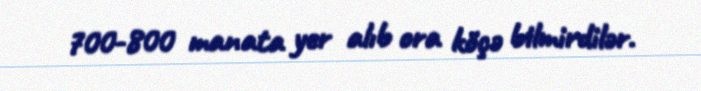
700-800 manata yer alıb ora köçə bilmirdilər.